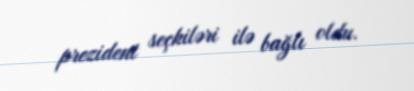
prezident seçkiləri ilə bağlı oldu.